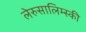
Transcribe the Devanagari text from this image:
लेरुसालिम्स्की